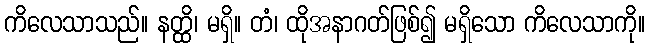
ကိလေသာသည်။ နတ္ထိ၊ မရှိ။ တံ၊ ထိုအနာဂတ်ဖြစ်၍ မရှိသော ကိလေသာကို။